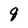
Character: 8